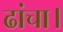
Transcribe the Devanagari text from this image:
ढांचा।